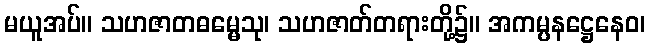
မယူအပ်။ သဟဇာတဓမ္မေသု၊ သဟဇာတ်တရားတို့၌။ အကမ္ပနဋ္ဌေနေဝ၊